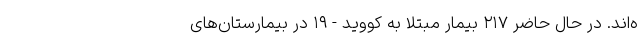
ه‌اند. در حال حاضر ۲۱۷ بیمار مبتلا به کووید - ۱۹ در بیمارستان‌های